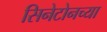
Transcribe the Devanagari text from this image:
सिनेटोनच्या